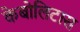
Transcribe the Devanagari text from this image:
केबोलिटास